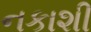
નકાશી